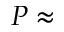
P \approx